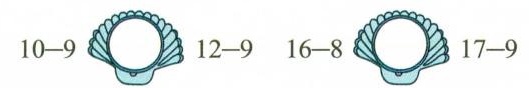
$$10 - 9$$ $$12 - 9$$ $$16 - 9$$ $$17 - 9$$